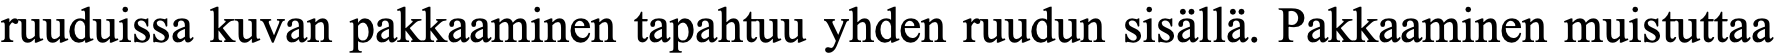
ruuduissa kuvan pakkaaminen tapahtuu yhden ruudun sisällä. Pakkaaminen muistuttaa